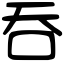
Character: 吞